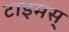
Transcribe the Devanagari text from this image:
टाइमस्